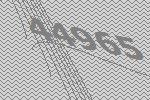
44965